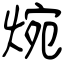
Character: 焥